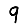
Digit: 9